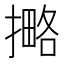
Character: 𰔡